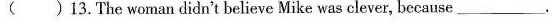
( )13. The woman didn't believe Mike was clever, because___.